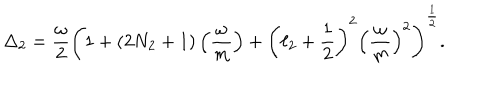
LaTeX: \Delta _ { 2 } = { \frac { \omega } { 2 } } \left( 1 + ( 2 N _ { 2 } + 1 ) \left( { \frac { \omega } { m } } \right) + \left( \ell _ { 2 } + { \frac { 1 } { 2 } } \right) ^ { 2 } \left( { \frac { \omega } { m } } \right) ^ { 2 } \right) ^ { { \frac { 1 } { 2 } } } .